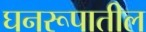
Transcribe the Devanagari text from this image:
घनरूपातील